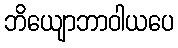
ဘိယျောဘာဝါယပေ